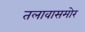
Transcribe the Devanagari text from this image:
तलावासमोर